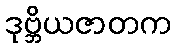
ဒုဗ္ဘိယဇာတက